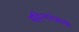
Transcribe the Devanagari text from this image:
महिन्यांप्रमाणे